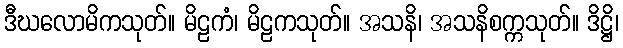
ဒီဃလောမိကသုတ်။ မိဠကံ၊ မိဠကသုတ်။ အသနိ၊ အသနိစက္ကသုတ်။ ဒိဋ္ဌိ၊